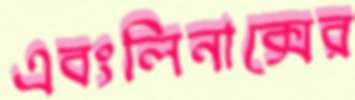
এবংলিনাক্সের